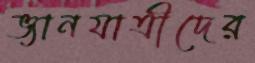
ভ্যানযাত্রীদের